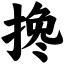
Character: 搀